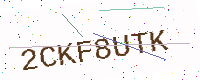
Text: 2CKF8UTK